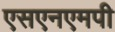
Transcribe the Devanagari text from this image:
एसएनएमपी